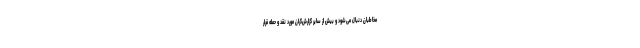
مخاطبان دنبال می‌شود و بیش از سایر گزارش‌گران مورد نقد و حمله قرار